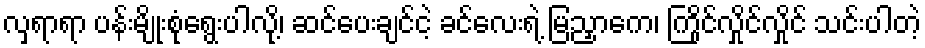
လှရာရာ ပန်းမျိုးစုံရွေးပါလို့၊ ဆင်ပေးချင်ငဲ့ ခင်လေးရဲ့ မြညှာကေ၊ ကြိုင်လှိုင်လှိုင် သင်းပါတဲ့